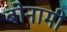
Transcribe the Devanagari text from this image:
बोनामी